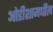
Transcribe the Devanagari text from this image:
ओडीशामधील